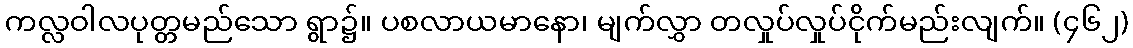
ကလ္လဝါလပုတ္တမည်သော ရွာ၌။ ပစလာယမာနော၊ မျက်လွှာ တလှုပ်လှုပ်ငိုက်မည်းလျက်။ (၄၆၂)